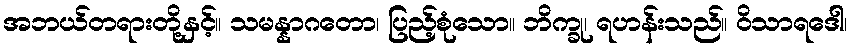
အဘယ်တရားတို့နှင့်။ သမန္နာဂတော၊ ပြည့်စုံသော။ ဘိက္ခု၊ ရဟန်းသည်။ ဝိသာရဒေါ၊